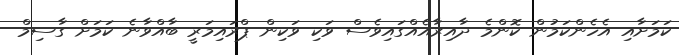
ކަމަށާއި އެހެންކަމުން ކޮންމެ ދާއިރާއެއްގައިވެސް ވަކި ވަކިން ޕްރައިމަރީ ބާއްވާނެ ކަމަށް ގާސިމް